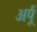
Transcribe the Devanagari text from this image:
अर्पू